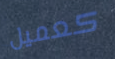
كعميل